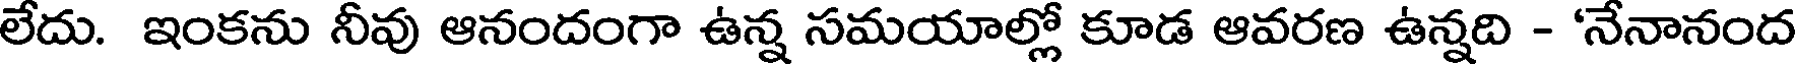
లేదు. ఇంకను నీవు ఆనందంగా ఉన్న సమయాల్లో కూడ ఆవరణ ఉన్నది - 'నేనానంద